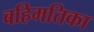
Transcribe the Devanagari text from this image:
बहिमतिका